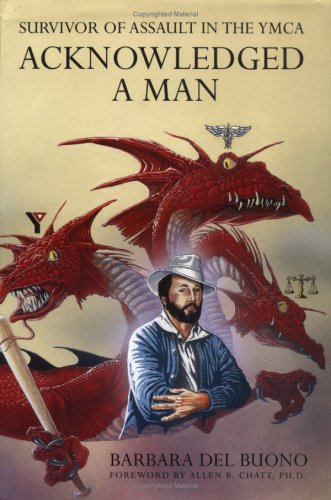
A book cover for Acknowledged  A  Man; Law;